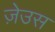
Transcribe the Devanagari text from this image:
ज़ेउस